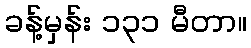
ခန့်မှန်း ၁၃၁ မီတာ။